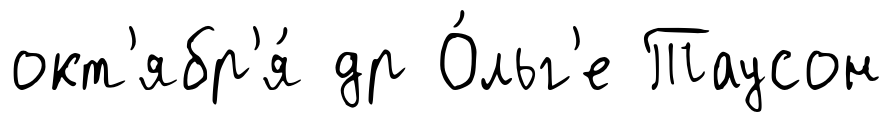
окт'ябр'я́ др О́льг'е Таусон